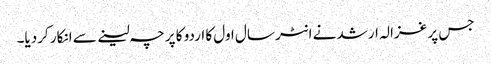
جس پر غزالہ ارشد نے انٹر سال اول کا اردو کا پرچہ لینے سے انکار کردیا۔